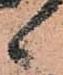
候